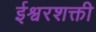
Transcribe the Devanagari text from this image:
ईश्वरशक्ती